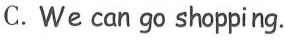
C. We can go shopping.